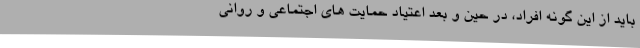
باید از این گونه افراد، در حین و بعد اعتیاد حمایت های اجتماعی و روانی